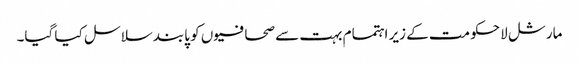
مارشل لا حکومت کے زیر اہتمام بہت سے صحافیوں کو پابند سلاسل کیا گیا۔